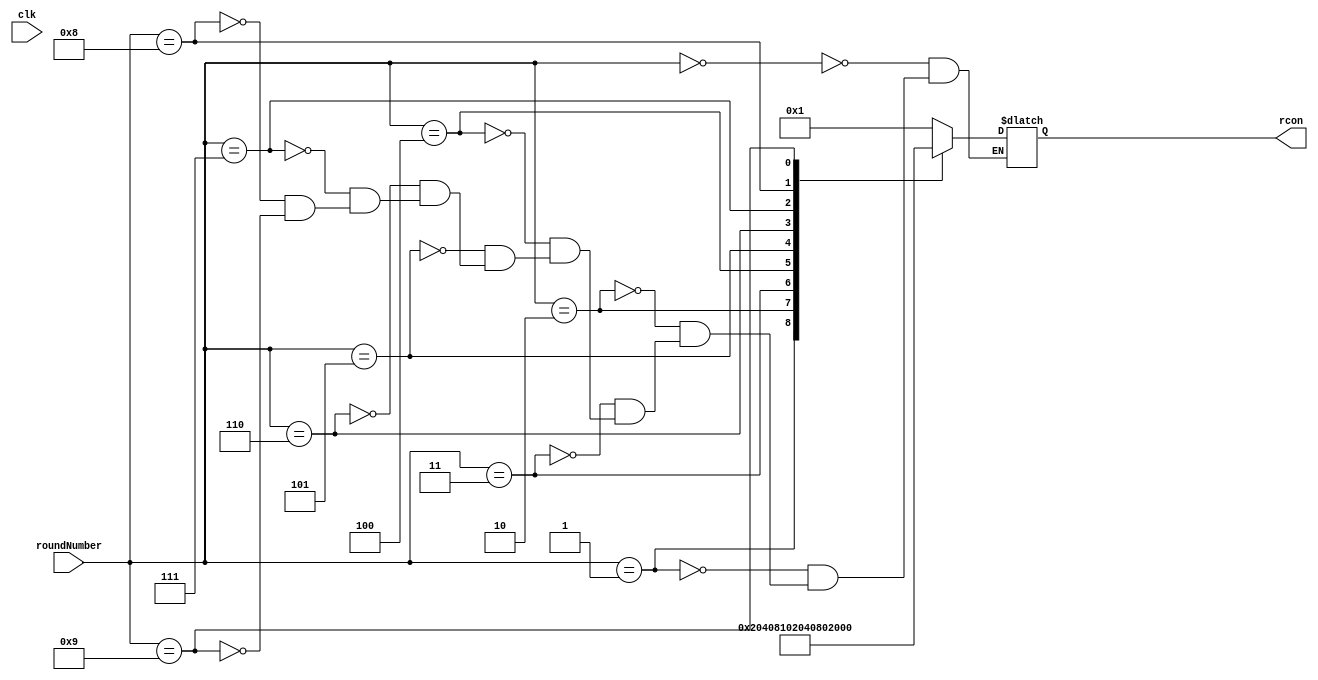
module rcon_table(
    input clk,
    input [3:0] roundNumber,
    output reg [7:0] rcon
);

always @(*) begin
  case(roundNumber)
        4'd0: rcon <= 8'h01;
        4'd1: rcon <= 8'h02;
        4'd2: rcon <= 8'h04;
        4'd3: rcon <= 8'h08;
        4'd4: rcon <= 8'h10;
        4'd5: rcon <= 8'h20;
        4'd6: rcon <= 8'h40;
        4'd7: rcon <= 8'h80;
        4'd8: rcon <= 8'h1b;
        4'd9: rcon <= 8'h36;  
  endcase
end

endmodule